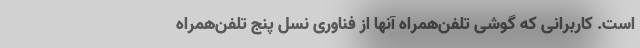
است. کاربرانی که گوشی تلفن‌همراه آنها از فناوری نسل پنج تلفن‌همراه